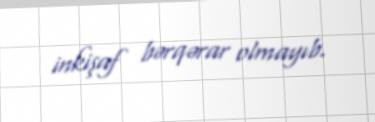
inkişaf bərqərar olmayıb.